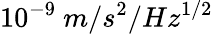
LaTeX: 10^{-9}\ m/s^{2}/Hz^{1/2}